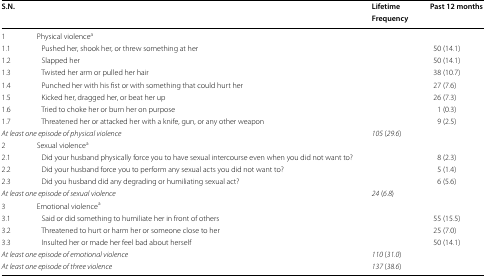
<table><thead><tr><td rowspan="2"><b>S.N.</b></td><td rowspan="2">[EMPTY_CELL]</td><td><b>Lifetime</b></td><td><b>Past 12 months</b></td></tr><tr><td><b>Frequency</b></td><td>[EMPTY_CELL]</td></tr></thead><tbody><tr><td>1</td><td colspan="3">Physical violence<sup>a</sup></td></tr><tr><td>1.1</td><td> Pushed her, shook her, or threw something at her</td><td>[EMPTY_CELL]</td><td>50 (14.1)</td></tr><tr><td>1.2</td><td> Slapped her</td><td>[EMPTY_CELL]</td><td>50 (14.1)</td></tr><tr><td>1.3</td><td> Twisted her arm or pulled her hair</td><td>[EMPTY_CELL]</td><td>38 (10.7)</td></tr><tr><td>1.4</td><td> Punched her with his fist or with something that could hurt her</td><td>[EMPTY_CELL]</td><td>27 (7.6)</td></tr><tr><td>1.5</td><td> Kicked her, dragged her, or beat her up</td><td>[EMPTY_CELL]</td><td>26 (7.3)</td></tr><tr><td>1.6</td><td> Tried to choke her or burn her on purpose</td><td>[EMPTY_CELL]</td><td>1 (0.3)</td></tr><tr><td>1.7</td><td> Threatened her or attacked her with a knife, gun, or any other weapon</td><td>[EMPTY_CELL]</td><td>9 (2.5)</td></tr><tr><td colspan="2"><i>At least one episode of physical violence</i></td><td><i>105</i> (<i>29.6</i>)</td><td>[EMPTY_CELL]</td></tr><tr><td>2</td><td colspan="3">Sexual violence<sup>a</sup></td></tr><tr><td>2.1</td><td> Did your husband physically force you to have sexual intercourse even when you did not want to?</td><td>[EMPTY_CELL]</td><td>8 (2.3)</td></tr><tr><td>2.2</td><td> Did your husband force you to perform any sexual acts you did not want to?</td><td>[EMPTY_CELL]</td><td>5 (1.4)</td></tr><tr><td>2.3</td><td> Did you husband did any degrading or humiliating sexual act?</td><td>[EMPTY_CELL]</td><td>6 (5.6)</td></tr><tr><td colspan="2"><i>At least one episode of sexual violence</i></td><td><i>24</i> (<i>6.8</i>)</td><td>[EMPTY_CELL]</td></tr><tr><td>3</td><td colspan="3">Emotional violence<sup>a</sup></td></tr><tr><td>3.1</td><td> Said or did something to humiliate her in front of others</td><td>[EMPTY_CELL]</td><td>55 (15.5)</td></tr><tr><td>3.2</td><td> Threatened to hurt or harm her or someone close to her</td><td>[EMPTY_CELL]</td><td>25 (7.0)</td></tr><tr><td>3.3</td><td> Insulted her or made her feel bad about herself</td><td>[EMPTY_CELL]</td><td>50 (14.1)</td></tr><tr><td colspan="2"><i>At least one episode of emotional violence</i></td><td><i>110</i> (<i>31.0</i>)</td><td>[EMPTY_CELL]</td></tr><tr><td colspan="2"><i>At least one episode of three violence</i></td><td><i>137</i> (<i>38.6</i>)</td><td>[EMPTY_CELL]</td></tr></tbody></table>